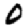
Digit: 0